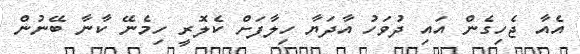
އެއާ ޖެހިގެން އައި ދުވަހު އާދަޔާ ހިލާފަށް ކެލޮރީ ހިމެނޭ ކާނާ ބޭނުން